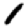
Digit: 1